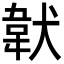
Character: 𩎓